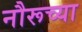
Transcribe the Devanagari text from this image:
नौरूच्या